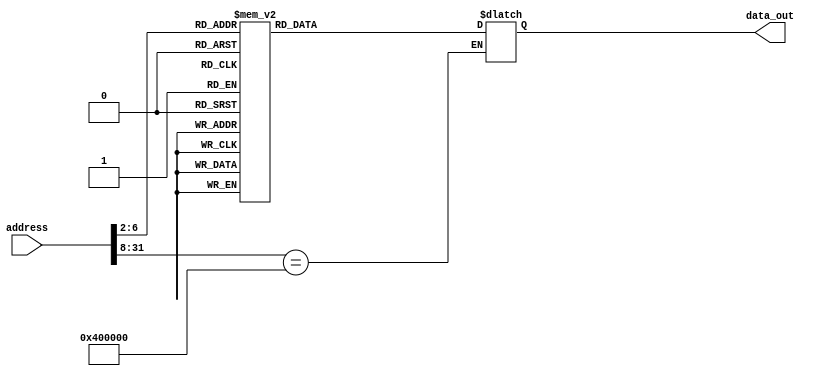
module rom32(address, data_out);
  input  [31:0] address;
  output [31:0] data_out;
  reg    [31:0] data_out;

  parameter BASE_ADDRESS = 24'h400000; // address that applies to this memory

  wire [5:0] mem_offset;
  wire address_select;

  assign mem_offset = address[7:2];  // drop 2 LSBs to get word offset

  assign address_select = (address[31:8] == BASE_ADDRESS);  // address decoding

  always @(address_select or mem_offset)
  begin
    if ((address % 4) != 0) $display($time, " rom32 error: unaligned address %d", address);
    if (address_select == 1)
    begin
      case (mem_offset) 
          5'd0 : data_out = { 6'd0, 5'd0, 5'd4, 5'd8, 5'd0, 6'd42 };    // slt $t0, $zero, $a0
          5'd1 : data_out = { 6'd4, 5'd8, 5'd0, 16'd4 };                // beq $t0, $zero, exit (= +4)
          5'd2 : data_out = { 6'd8, 5'd0, 5'd8, 16'd6 };                // addi $t0, $zero, 6
          5'd3 : data_out = { 6'd0, 5'd4, 5'd8, 5'd8, 5'd0, 6'd42 };    // slt $t0, $a0, $t0
          5'd4 : data_out = { 6'd4, 5'd8, 5'd0, 16'd1 };                // beq $t0, $zero, exit (= +1)
          5'd5 : data_out = { 6'd3, 26'd7 };                            // jal Hanoi_tower (= 0x4000_001c)
          5'd6 : data_out = { 6'd2, 26'd6 };                            // j exit (= 0x4000_0018)
          5'd7 : data_out = { 6'd8, 5'd0, 5'd8, 16'd1 };                // addi $t0, $zero, 1
          5'd8 : data_out = { 6'd4, 5'd4, 5'd8, 16'd9 };               // beq $a0, $t0, skip (= +9)
          5'd9 : data_out = { 6'd8, 5'd4, 5'd4, -16'd1 };               // addi $a0, $a0, -1
          5'd10 : data_out = { 6'd8, 5'd29, 5'd29, -16'd4 };            // addi $sp, $sp, -4
          5'd11 : data_out = { 6'd43, 5'd29, 5'd31, 16'd0 };            // sw $ra, 0($sp)
          5'd12 : data_out = { 6'd3, 26'd7 };                           // jal Hanoi_tower (= 0x4000_001c)
          5'd13 : data_out = { 6'd0, 5'd2, 5'd2, 5'd2, 5'd0, 6'd32 };   // add $v0, $v0, $v0
          5'd14 : data_out = { 6'd8, 5'd2, 5'd2, 16'd1 };               // addi $v0, $v0, 1
          5'd15 : data_out = { 6'd35, 5'd29, 5'd31, 16'd0 };            // lw $ra, 0($sp)
          5'd16 : data_out = { 6'd8, 5'd29, 5'd29, 16'd4 };             // addi $sp, $sp, 4
          5'd17 : data_out = { 6'd0, 5'd31, 5'd0, 5'd0, 5'd0, 6'd8 };   // jr $ra
          5'd18 : data_out = { 6'd8, 5'd0, 5'd2, 16'd1 };               // addi $v0, $zero, 1
          5'd19 : data_out = { 6'd0, 5'd31, 5'd0, 5'd0, 5'd0, 6'd8 };   // jr $ra
          default data_out = 32'hxxxx;
      endcase
      $display($time, " reading data: rom32[%h] => %h", address, data_out);
    end
  end 
endmodule